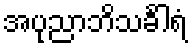
အပုညာဘိသင်္ခါရံ